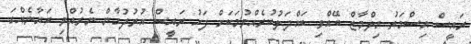
ރައީސް އިސްމަތު ޔިލްމާޒް ބޭއްވި ބައްދަލުކުރެއްވުމަކަށް ފަހު ރައީސް އުރުދުގާން ނެރުއްވި ބަޔާނެއްގަ